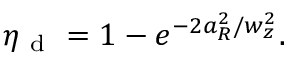
\eta _ { \mathrm { ~ d ~ } } = 1 - e ^ { - 2 a _ { R } ^ { 2 } / w _ { z } ^ { 2 } } .